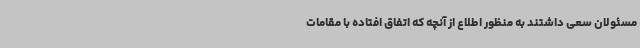
مسئولان سعی داشتند به منظور اطلاع از آنچه که اتفاق افتاده با مقامات